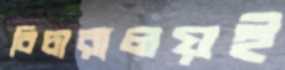
বিচারালয়ই